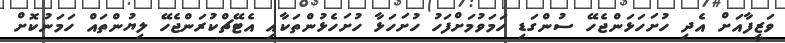
ވަޒީފާއަށް އެދި ހުށަހަޅަންޖެހޭ ސުންގަޑި ހަމަވުމަށްފަހު ހުށަހަޅާ ހުށަހެޅުންތަކާއި އެޓޭޗްކުރަންޖެހޭ ލިޔުންތައް ހަމަނުކޮށް